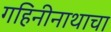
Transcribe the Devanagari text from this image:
गहिनीनाथाचा